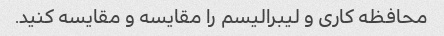
محافظه کاری و لیبرالیسم را مقایسه و مقایسه کنید.